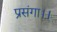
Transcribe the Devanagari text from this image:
प्रसंगा।।